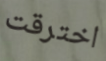
اخترقت